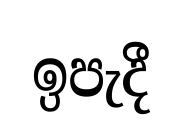
ඉපැදී